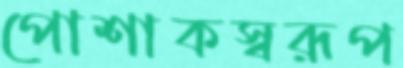
পোশাকস্বরূপ